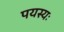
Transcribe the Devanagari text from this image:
पयस्यः